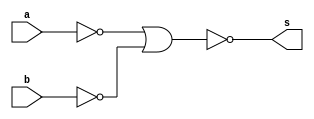
// -------------------------
// Guia_0501.v - GATES
// Nome: Arthur Martinho Medeiros Oliveira
// -------------------------

module f6 (output s, input a, input b);
  // Definir dados locais
  wire not_a, not_b;
  
  // Descrever por portas
  nor NOR1 (not_a, a, a);
  nor NOR2 (not_b, b, b);
  nor NOR3 (s, not_a, not_b);
  
endmodule // f6

module test_f6;
  // ------------------------- Definir dados
  reg x;
  reg y;
  wire s;
  
  f6 moduloC (s, x, y);
  
  // ------------------------- Parte principal
  initial begin : main
      $display("Guia_0501 - Arthur Martinho Medeiros Oliveira - 813168");
    $display("Test module");
    $display(" x y s");
    
    // Projetar testes do modulo
    $monitor("%4b %4b %4b", x, y, s);
    
    x = 1'b0; y = 1'b0;
    #1 x = 1'b0; y = 1'b1;
    #1 x = 1'b1; y = 1'b0;
    #1 x = 1'b1; y = 1'b1;
  end
endmodule // test_f6